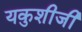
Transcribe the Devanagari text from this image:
यकुशीजी